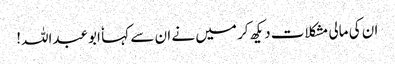
ان کی مالی مشکلات دیکھ کر میں نے ان سے کہا ٗ ابوعبداللہ!